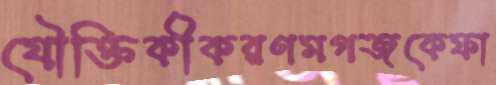
যৌক্তিকীকরণমগজকেফা